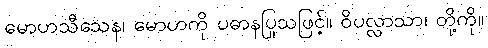
မောဟသီသေန၊ မောဟကို ပဓာနပြုသဖြင့်။ ဝိပလ္လာသာ၊ တို့ကို။